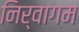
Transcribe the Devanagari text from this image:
निर्वागम